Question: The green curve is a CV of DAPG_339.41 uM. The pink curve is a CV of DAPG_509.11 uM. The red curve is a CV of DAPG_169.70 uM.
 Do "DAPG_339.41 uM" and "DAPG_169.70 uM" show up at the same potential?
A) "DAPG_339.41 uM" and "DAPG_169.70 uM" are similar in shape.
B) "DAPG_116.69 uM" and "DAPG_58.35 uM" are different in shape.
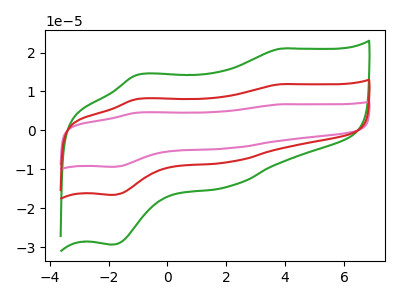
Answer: <think>The green curve "DAPG_339.41 uM" has anodic peaks at (3.85V, 21.00uA) (-1.00V, 14.25uA) and cathodic peaks at (2.05V, -14.45uA) (-1.90V, -29.35uA). The pink curve "DAPG_509.11 uM" has anodic peaks at (3.85V, 23.70uA) (-1.00V, 16.15uA) and cathodic peaks at (2.05V, -16.30uA) (-1.90V, -33.15uA). The red curve "DAPG_169.70 uM" has anodic peaks at (3.85V, 11.85uA) (-1.00V, 8.05uA) and cathodic peaks at (2.05V, -8.15uA) (-1.90V, -16.55uA).
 All the peaks in "DAPG_339.41 uM" have a peak in "DAPG_169.70 uM" at the same potential. Every peak in "DAPG_339.41 uM" is higher than every peak in "DAPG_169.70 uM".</think>
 <answer>A) "DAPG_339.41 uM" and "DAPG_169.70 uM" are similar in shape.</answer>
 <eval>A</eval>